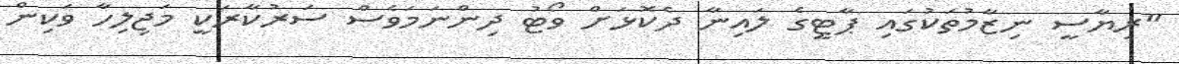
"ރިޔާސީ ނިޒާމުތަކުގައި ޕާޓީގެ ލައިނާ ދެކޮޅަށް ވޯޓު ދިންނަމަވެސް ސަރުކާރަކީ މަޖިލިހާ ވަކިން